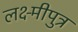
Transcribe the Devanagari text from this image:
लक्ष्मीपुत्र